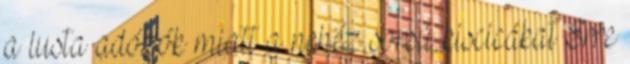
a lusta adózók miatt a nehéz sorsú kiscicákat Erre